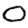
Digit: 0